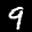
Label: 9